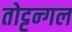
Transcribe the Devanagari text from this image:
तोट्टन्गल